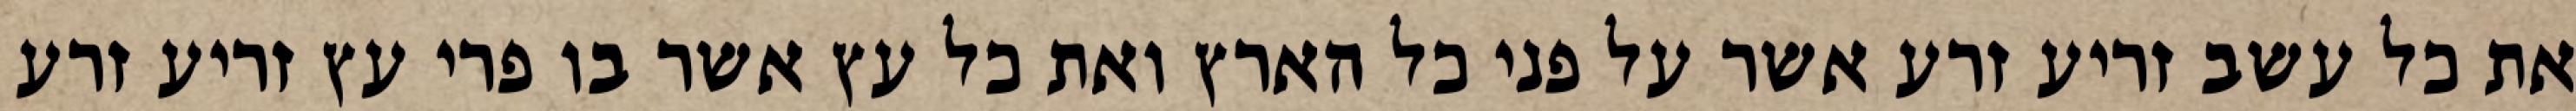
את כל עשב זריע זרע אשר על פני כל הארץ ואת כל עץ אשר בו פרי עץ זריע זרע